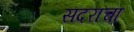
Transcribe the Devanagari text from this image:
सदराचा